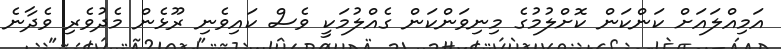
އަމިއްލައަށް ކަންކަން ކޮށްލުމުގެ މިނިވަންކަން ގެއްލުމަކީ ވެސް ކައިވެނި ރޫޅެން މެދުވެރި ވެދާނެ